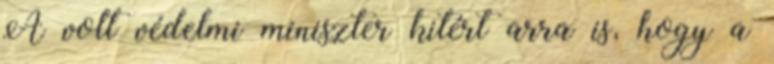
A volt védelmi miniszter kitért arra is, hogy a